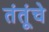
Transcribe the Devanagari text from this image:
तंतूंचे